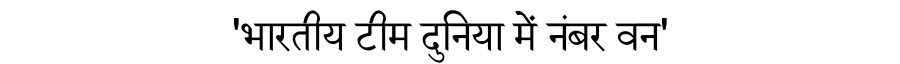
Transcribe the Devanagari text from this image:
'भारतीय टीम दुनिया में नंबर वन'